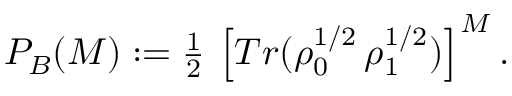
\begin{array} { r } { P _ { B } ( M ) : = \frac { 1 } { 2 } \, \left[ T r ( \rho _ { 0 } ^ { 1 / 2 } \, \rho _ { 1 } ^ { 1 / 2 } ) \right] ^ { M } . } \end{array}